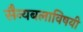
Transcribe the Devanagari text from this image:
सैन्यबलाविषयी